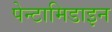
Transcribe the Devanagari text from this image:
पेन्टामिडाइन